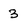
Character: 3